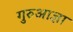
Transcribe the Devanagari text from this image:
गुरुआज्ञा